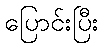
ပြောင်းပြီး